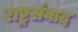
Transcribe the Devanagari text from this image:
राष्ट्रसंवाद